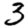
Digit: 3